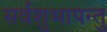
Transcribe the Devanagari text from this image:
सर्वशुभापन्तु